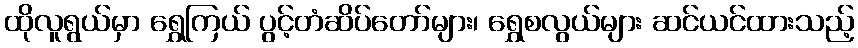
ထိုလူရွယ်မှာ ရွှေကြယ် ပွင့်တံဆိပ်တော်များ၊ ရွှေစလွယ်များ ဆင်ယင်ထားသည့်